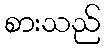
စားသည်